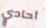
أحادي